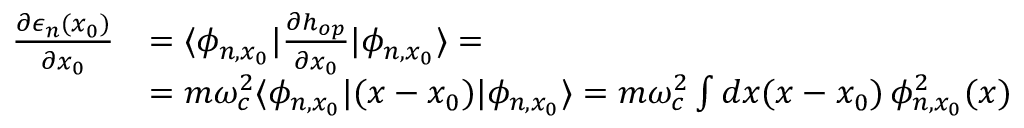
\begin{array} { r l } { \frac { \partial \epsilon _ { n } ( x _ { 0 } ) } { \partial x _ { 0 } } } & { = \langle \phi _ { n , x _ { 0 } } | \frac { \partial h _ { o p } } { \partial x _ { 0 } } | \phi _ { n , x _ { 0 } } \rangle = } \\ & { = m \omega _ { c } ^ { 2 } \langle \phi _ { n , x _ { 0 } } | ( x - x _ { 0 } ) | \phi _ { n , x _ { 0 } } \rangle = m \omega _ { c } ^ { 2 } \int d x ( x - x _ { 0 } ) \, \phi _ { n , x _ { 0 } } ^ { 2 } ( x ) } \end{array}